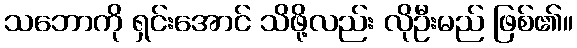
သဘောကို ရှင်းအောင် သိဖို့လည်း လိုဦးမည် ဖြစ်၏။